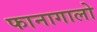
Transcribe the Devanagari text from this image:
फानागालो